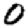
Digit: 0